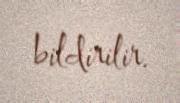
bildirilir.